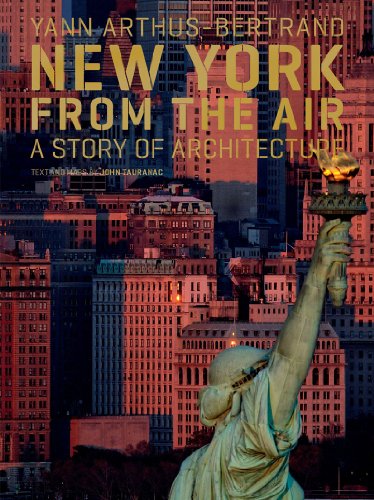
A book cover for New York from the Air: A Story of Architecture; John Tauranac; Arts & Photography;